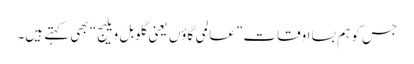
جس کو ہم بسا اوقات ”عالمی گاؤں یعنی گلوبل ویلیج“ بھی کہتے ہیں۔